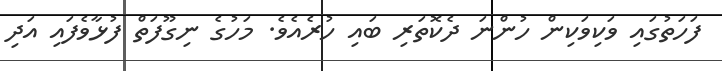
ފަހަތުގައި ވަކިވަކިން ހުންނަ ދެކޮތަރި ބައި ހުރެއެވެ. މަހުގެ ނިގޫފަތް ފުޅާވެފައި އަދި